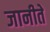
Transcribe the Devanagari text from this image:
जानीते